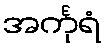
အင်္ကုရံ